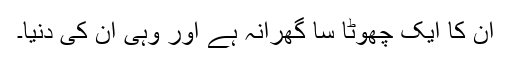
ان کا ایک چھوٹا سا گھرانہ ہے اور وہی ان کی دنیا۔